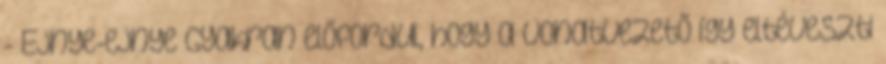
- Ejnye-ejnye Gyakran előfordul, hogy a vonatvezető így eltéveszti